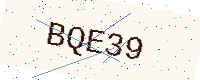
Text: BQE39